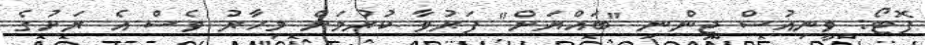
ފޮޓޯ: ވީނިއުސް ޖިންނި "ބައްޔަށް" ފަރުވާ ކުރުމަށް މިހާރު ވެސް އެ ރަށުގެ